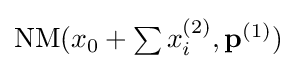
{\textstyle \mathrm {NM} (x_{0}+\sum {x_{i}^{(2)}},\mathbf {p} ^{(1)})}